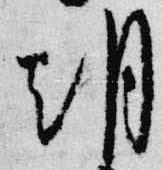
朝